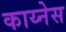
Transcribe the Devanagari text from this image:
काय्नेस